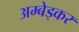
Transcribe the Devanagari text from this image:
अम्बेड्कर